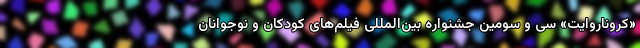
«کروناروایت» سی و سومین جشنواره بین‌المللی فیلم‌های کودکان و نوجوانان